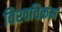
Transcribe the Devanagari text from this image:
विश्‍वविक्रम